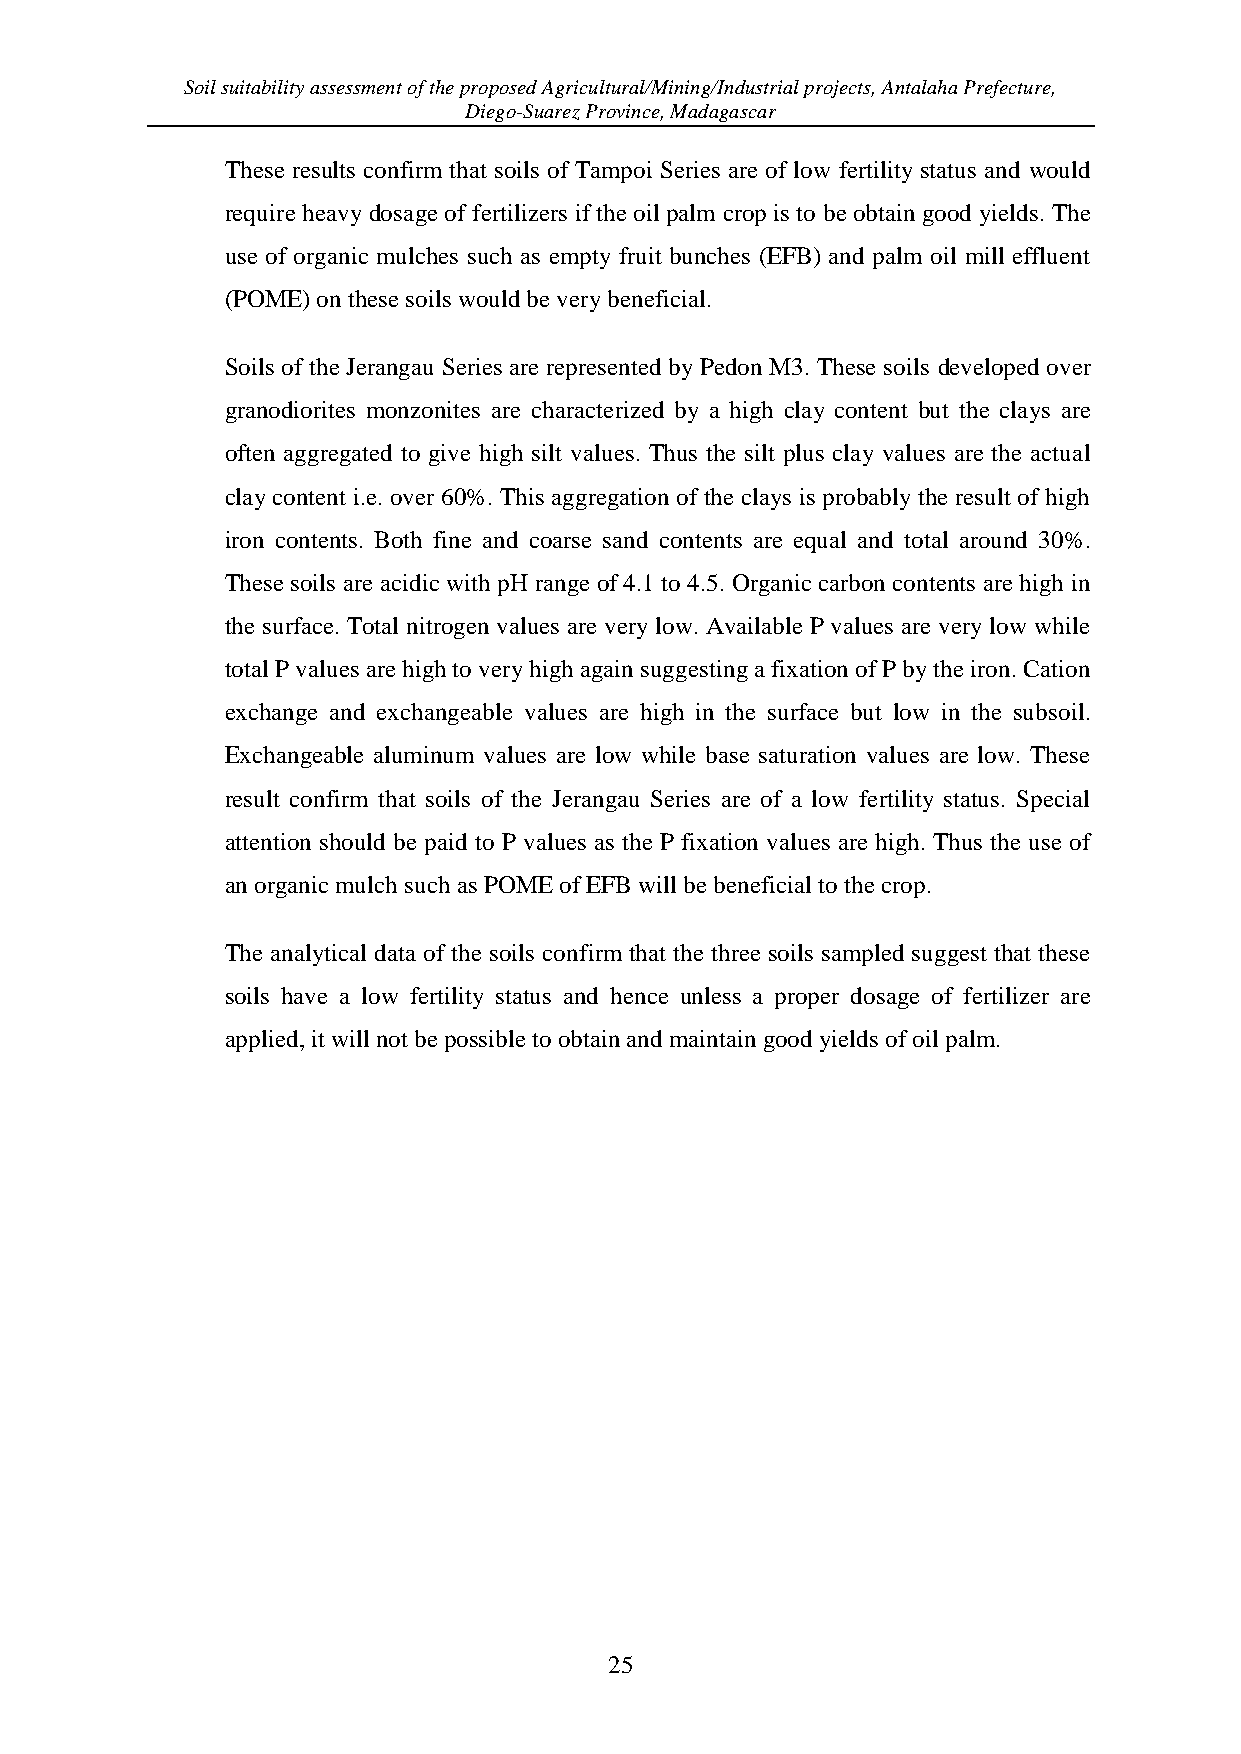
Soil suitability assessment of the proposed Agricultural/Mining/Industrial projects, Antalaha Prefecture,
 Diego-Suarez Province, Madagascar
 These results confirm that soils of Tampoi Series are of low fertility status and would
 require heavy dosage of fertilizers if the oil palm crop is to be obtain good yields. The
 use of organic mulches such as empty fruit bunches (EFB) and palm oil mill effluent
 (POME) on these soils would be very beneficial.
 Soils of the Jerangau Series are represented by Pedon M3. These soils developed over
 granodiorites monzonites are characterized by a high clay content but the clays are
 often aggregated to give high silt values. Thus the silt plus clay values are the actual
 clay content i.e. over 60%. This aggregation of the clays is probably the result of high
 iron contents. Both fine and coarse sand contents are equal and total around 30%.
 These soils are acidic with pH range of 4.1 to 4.5. Organic carbon contents are high in
 the surface. Total nitrogen values are very low. Available P values are very low while
 total P values are high to very high again suggesting a fixation of P by the iron. Cation
 exchange and exchangeable values are high in the surface but low in the subsoil.
 Exchangeable aluminum values are low while base saturation values are low. These
 result confirm that soils of the Jerangau Series are of a low fertility status. Special
 attention should be paid to P values as the P fixation values are high. Thus the use of
 an organic mulch such as POME of EFB will be beneficial to the crop.
 The analytical data of the soils confirm that the three soils sampled suggest that these
 soils have a low fertility status and hence unless a proper dosage of fertilizer are
 applied, it will not be possible to obtain and maintain good yields of oil palm.
 25